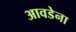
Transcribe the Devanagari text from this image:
आवडेना